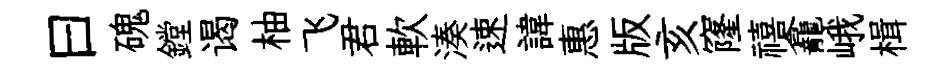
曰磈鏜谒柚飞君軟湊速諱惠版亥窿禧龕峨楫